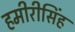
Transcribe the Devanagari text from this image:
हमीरीसिंह